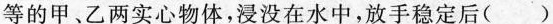
等的甲、乙两实心物体，浸没在水中，放手稳定后 ( )